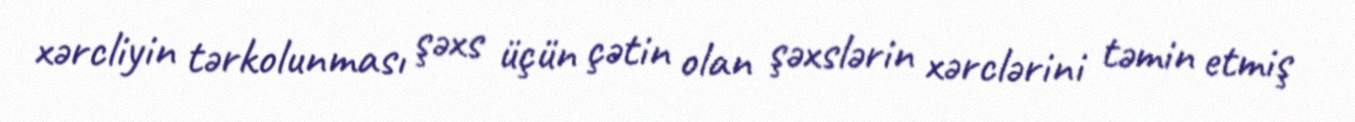
xərcliyin tərkolunması şəxs üçün çətin olan şəxslərin xərclərini təmin etmiş